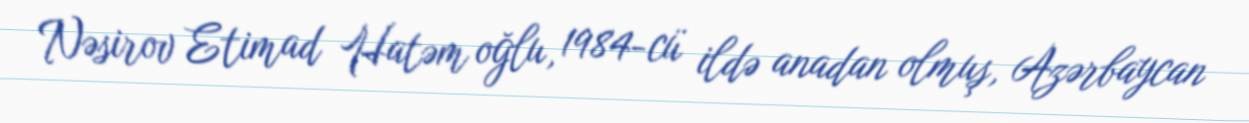
Nəsirov Etimad Hatəm oğlu, 1984-cü ildə anadan olmuş, Azərbaycan